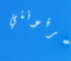
يعرفونني